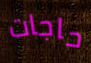
حاجات